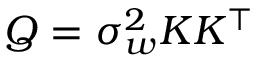
Q = \sigma _ { w } ^ { 2 } K K ^ { \top }